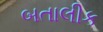
બતાલીક